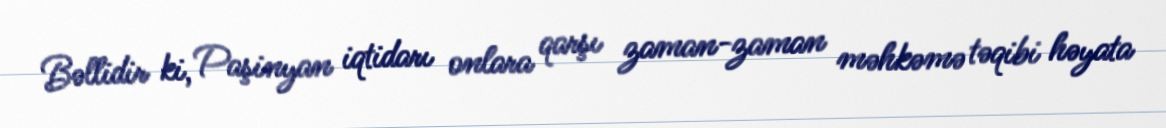
Bəllidir ki, Paşinyan iqtidarı onlara qarşı zaman-zaman məhkəmə təqibi həyata